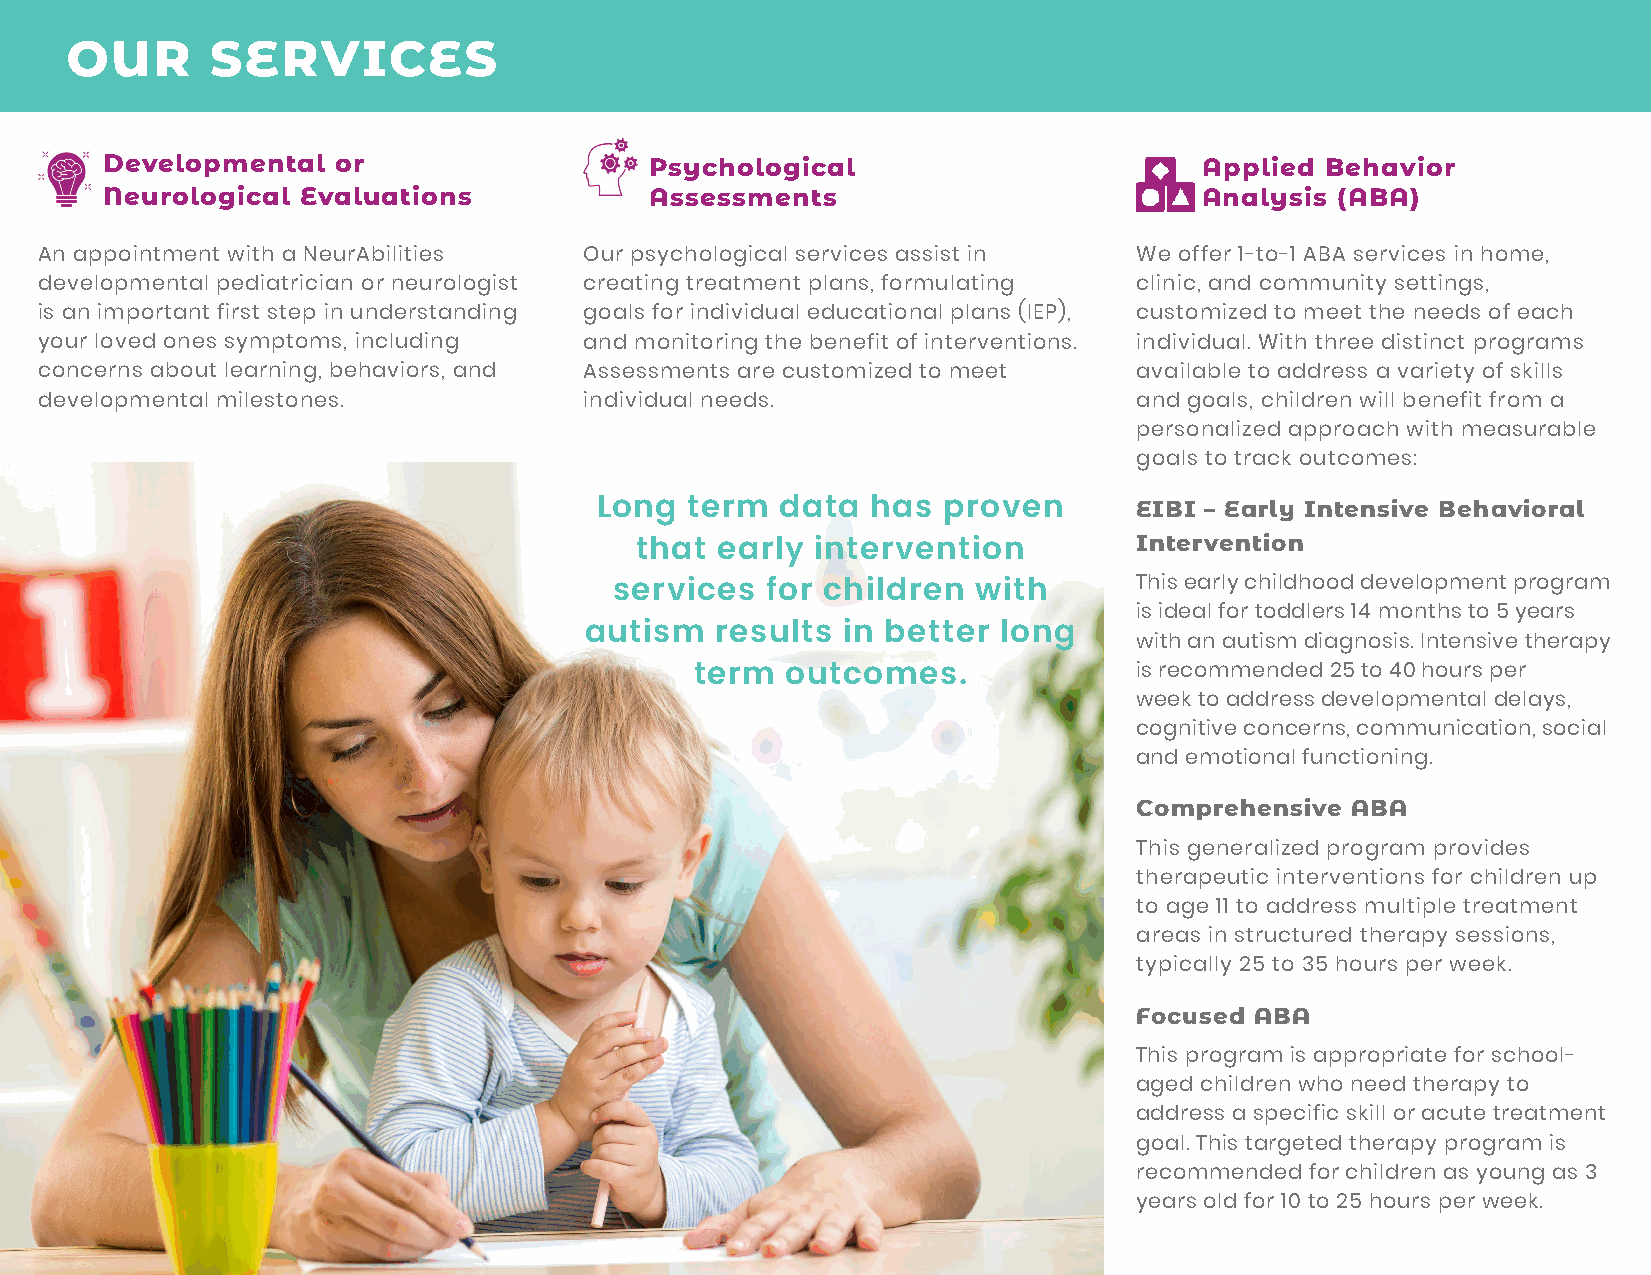
OUR       SERVICES
 Developmental  or                   Psychological                        Applied Behavior
 Neurological Evaluations            Assessments                          Analysis (ABA)
 An appointment with a NeurAbilities  Our psychological services assist in We offer 1-to-1 ABA services in home,
 developmental pediatrician or neurologist creating treatment plans, formulating clinic, and community settings,
 is an important first step in understanding goals for individual educational plans (IEP), customized to meet the needs of each
 your loved ones symptoms, including  and monitoring the benefit of interventions. individual. With three distinct programs
 concerns about learning, behaviors, and Assessments are customized to meet available to address a variety of skills
 developmental milestones.            individual needs.                   and goals, children will benefit from a
 personalized approach with measurable
 goals to track outcomes:
 Long   term  data  has proven       EIBI – Early Intensive Behavioral
 Intervention
 that early  intervention
 This early childhood development program
 services  for children  with
 is ideal for toddlers 14 months to 5 years
 autism  results  in better long
 with an autism diagnosis. Intensive therapy
 term  outcomes.              is recommended 25 to 40 hours per
 week to address developmental delays,
 cognitive concerns, communication, social
 and emotional functioning.
 Comprehensive ABA
 This generalized program provides
 therapeutic interventions for children up
 to age 11 to address multiple treatment
 areas in structured therapy sessions,
 typically 25 to 35 hours per week.
 Focused ABA
 This program is appropriate for school-
 aged children who need therapy to
 address a specific skill or acute treatment
 goal. This targeted therapy program is
 recommended for children as young as 3
 years old for 10 to 25 hours per week.